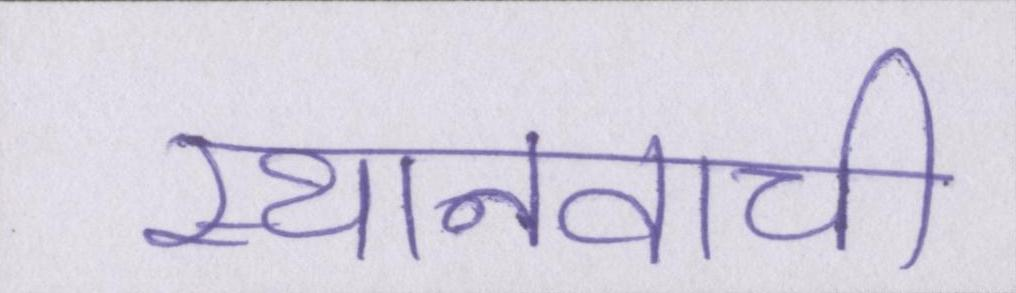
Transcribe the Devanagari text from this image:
स्थानवाची